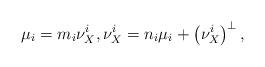
LaTeX: \begin{align*} \mu_i = m_i \nu_X^i, \nu_X^i = n_i \mu_i + \left(\nu_X^i\right)^{\perp}, \end{align*}